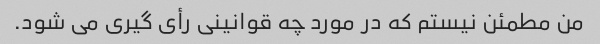
من مطمئن نیستم که در مورد چه قوانینی رأی گیری می شود.